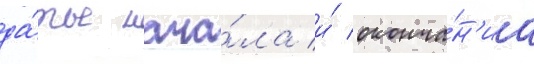
да́ты нача́ла и́ оконча́н'иа